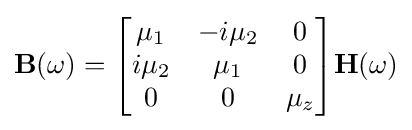
\mathbf {B} (\omega )={\begin{bmatrix}\mu _{1}&-i\mu _{2}&0\\i\mu _{2}&\mu _{1}&0\\0&0&\mu _{z}\\\end{bmatrix}}\mathbf {H} (\omega )